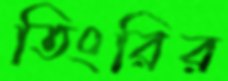
তিংরির